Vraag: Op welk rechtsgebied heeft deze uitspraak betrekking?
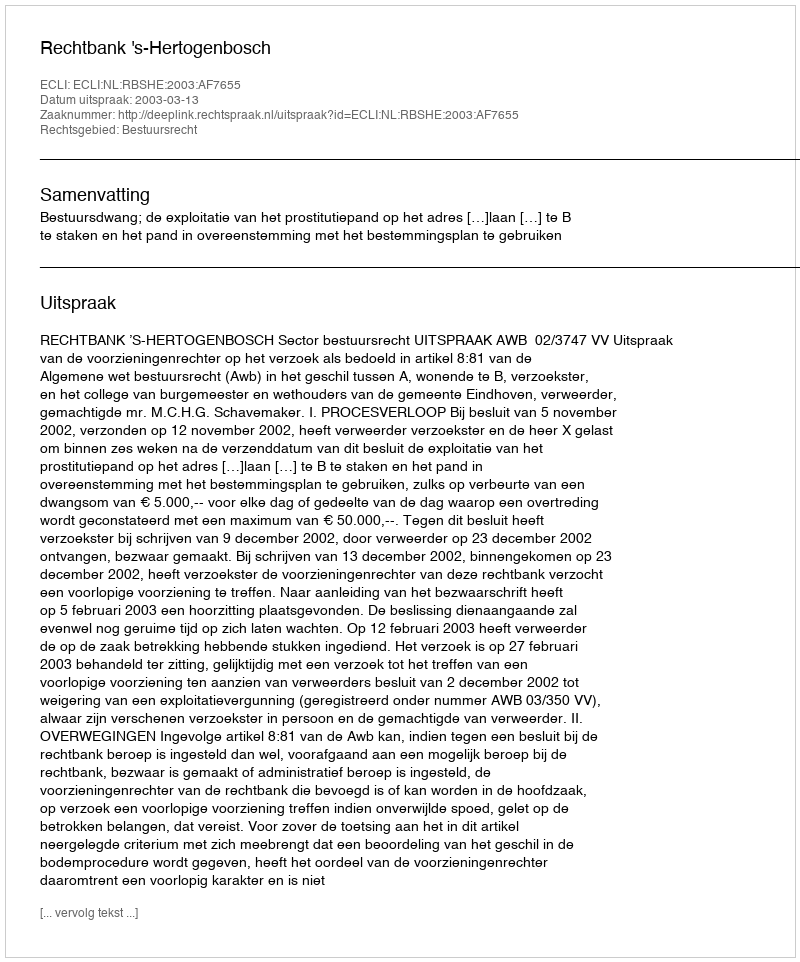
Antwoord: Bestuursrecht